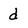
Character: d